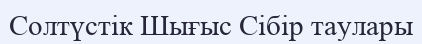
Солтүстік Шығыс Сібір таулары